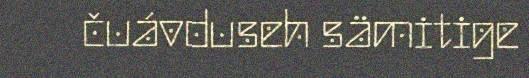
čuávduseh sämitige